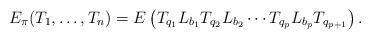
LaTeX: \begin{align*}E_\pi(T_1, \ldots, T_n) = E\left( T_{q_1} L_{b_1} T_{q_2} L_{b_2} \cdots T_{q_p} L_{b_p} T_{q_{p+1}}\right).\end{align*}